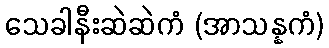
သေခါနီးဆဲဆဲကံ (အာသန္နကံ)